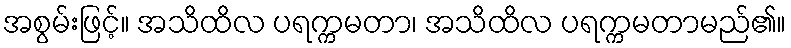
အစွမ်းဖြင့်။ အသိထိလ ပရက္ကမတာ၊ အသိထိလ ပရက္ကမတာမည်၏။